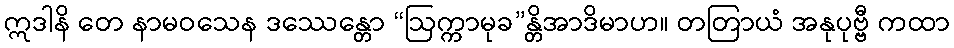
ဣဒါနိ တေ နာမဝသေန ဒဿေန္တော “ဩက္ကာမုခ”န္တိအာဒိမာဟ။ တတြာယံ အနုပုဗ္ဗီ ကထာ